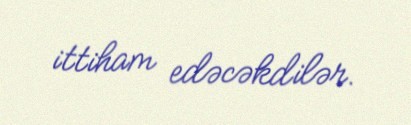
ittiham edəcəkdilər.